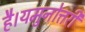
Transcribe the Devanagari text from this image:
है।यमुनोत्तरी